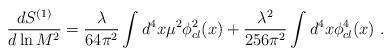
LaTeX: \begin{align*}{d S^{(1)}\over d \ln M^2}= {\lambda\over 64\pi^2}\int d^4 x \mu^2 \phi^{2}_{cl}(x) +{\lambda^2\over 256\pi^2}\int d^4 x \phi^{4}_{cl}(x)\,\,.\end{align*}